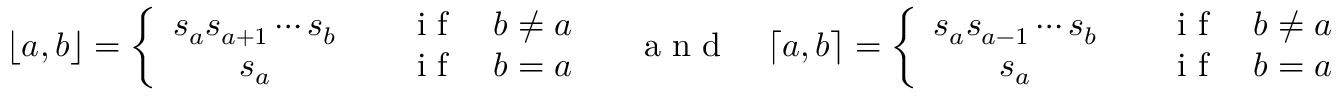
\lfloor a , b \rfloor = \left\{ \begin{array} { c c } { s _ { a } s _ { a + 1 } \cdots s _ { b } } & { \quad \textrm { i f } \quad b \neq a } \\ { s _ { a } } & { \quad \textrm { i f } \quad b = a } \end{array} \right. \quad \textrm { a n d } \quad \lceil a , b \rceil = \left\{ \begin{array} { c c } { s _ { a } s _ { a - 1 } \cdots s _ { b } } & { \quad \textrm { i f } \quad b \neq a } \\ { s _ { a } } & { \quad \textrm { i f } \quad b = a } \end{array} \right.